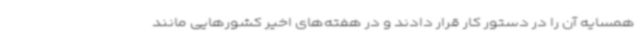
همسایه آن را در دستور کار قرار دادند و در هفته‌های اخیر کشورهایی مانند